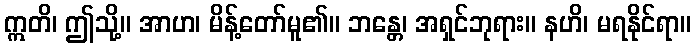
ဣတိ၊ ဤသို့။ အာဟ၊ မိန့်တော်မူ၏။ ဘန္တေ၊ အရှင်ဘုရား။ နဟိ၊ မရနိုင်ရာ။